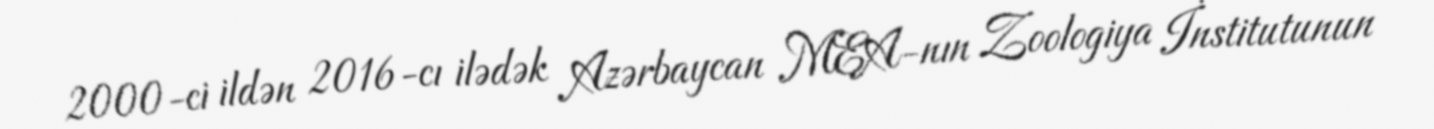
2000-ci ildən 2016-cı ilədək Azərbaycan MEA-nın Zoologiya İnstitutunun